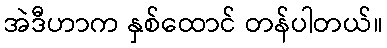
အဲဒီဟာက နှစ်ထောင် တန်ပါတယ်။